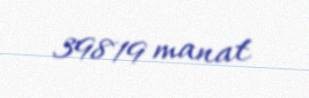
39819 manat